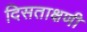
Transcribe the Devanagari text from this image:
दिसताक्षणी